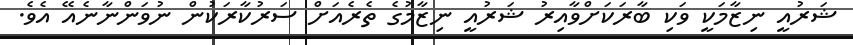
ޝަރުއީ ނިޒާމަކީ ވަކި ބާރަކަށްވާއިރު ޝަރުއީ ނިޒާމުގެ ތެރެއަށް ސަރުކާރަކުން ނުވަންނާނެއޭ އެވެ.